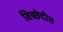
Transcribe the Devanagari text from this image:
विच्छेदीत